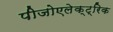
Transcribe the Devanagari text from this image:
पीजोएलेक्ट्रिक